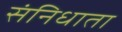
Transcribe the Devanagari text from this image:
संनिधाता